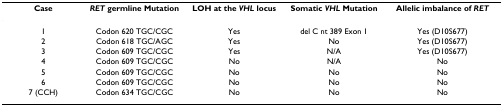
<table><thead><tr><td><b>Case</b></td><td><b><i>RET </i>germline Mutation</b></td><td><b>LOH at the <i>VHL </i>locus</b></td><td><b>Somatic <i>VHL </i>Mutation</b></td><td><b>Allelic imbalance of <i>RET</i></b></td></tr></thead><tbody><tr><td>1</td><td>Codon 620 TGC/CGC</td><td>Yes</td><td>del C nt 389 Exon 1</td><td>Yes (D10S677)</td></tr><tr><td>2</td><td>Codon 618 TGC/AGC</td><td>Yes</td><td>No</td><td>Yes (D10S677)</td></tr><tr><td>3</td><td>Codon 609 TGC/CGC</td><td>Yes</td><td>N/A</td><td>Yes (D10S677)</td></tr><tr><td>4</td><td>Codon 609 TGC/CGC</td><td>No</td><td>N/A</td><td>No</td></tr><tr><td>5</td><td>Codon 609 TGC/CGC</td><td>No</td><td>No</td><td>No</td></tr><tr><td>6</td><td>Codon 609 TGC/CGC</td><td>No</td><td>No</td><td>No</td></tr><tr><td>7 (CCH)</td><td>Codon 634 TGC/CGC</td><td>No</td><td>No</td><td>No</td></tr></tbody></table>